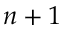
n + 1